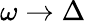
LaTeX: \omega\to\Delta